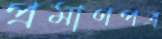
প্রমাণপত্র